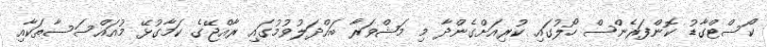
ކޯސްޓްގާޑު ކޮންފަރެންސް ހޯލުގައި ކުރިއަށްގެންދާ މި މަޝްވަރާ ބައްދަލުވުމުގައި ރާއްޖޭގެ ކަމާގުޅޭ މުއައްސަސާތަކާއި